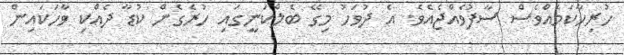
ހުރިހާކަމެއްވެސް ސާފުވެއްޖެއެވެ. އެ ދުވަހު މިގޭ ބެލްކަނީގައި ހުރެގެން ކުޑާ ދެއްކި ވާހަކައިން